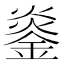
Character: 𬫨